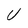
Character: U